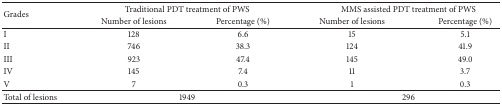
| <ROWSPAN=2> Grades | <COLSPAN=2> Traditional PDT treatment of PWS | <COLSPAN=2> MMS assisted PDT treatment of PWS |
 | Number of lesions | Percentage (%) | Number of lesions | Percentage (%) |
 | --- | --- | --- | --- | --- |
 | I | 128 | 6.6 | 15 | 5.1 |
 | II | 746 | 38.3 | 124 | 41.9 |
 | III | 923 | 47.4 | 145 | 49.0 |
 | IV | 145 | 7.4 | 11 | 3.7 |
 | V | 7 | 0.3 | 1 | 0.3 |
 | Total of lesions | <COLSPAN=2> 1949 | <COLSPAN=2> 296 |